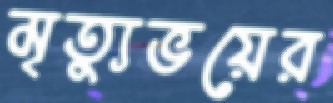
মৃত্যুভয়ের